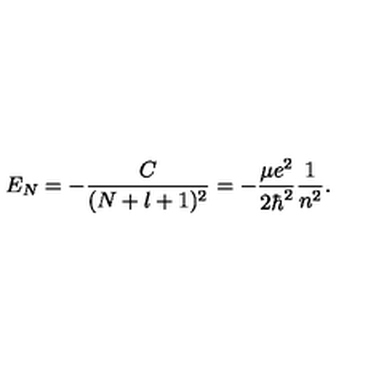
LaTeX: E _ { N } = - \frac { C } { ( N + l + 1 ) ^ { 2 } } = - \frac { \mu e ^ { 2 } } { 2 \hbar ^ { 2 } } \frac { 1 } { n ^ { 2 } } .